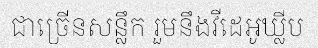
ជាច្រើនសន្លឹក រួមនឹងវីដេអូឃ្លីប